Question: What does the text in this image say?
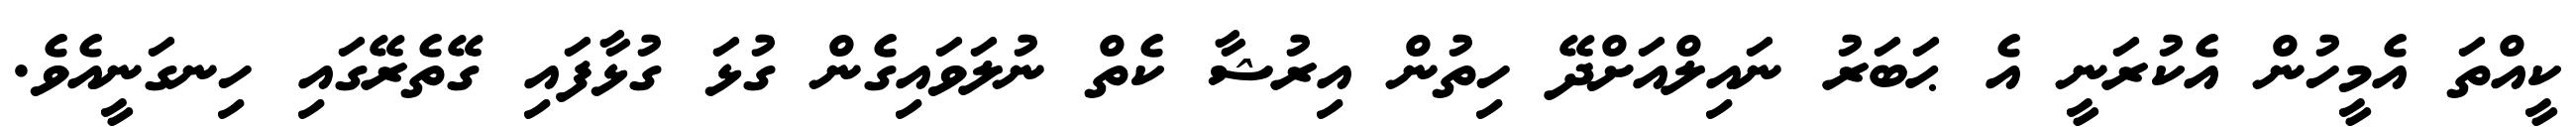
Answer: ކީއްތަ އެމީހުން އެކުރަނީ އެ ޙަބަރު ނައިލްއަށްދޭ ހިތުން އިރުޝާ ކެތް ނުލަވައިގެން ގުޅަ ގުޅާފައި ގޭތެރޭގައި ހިނގަނީއެވެ.